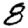
Digit: 8